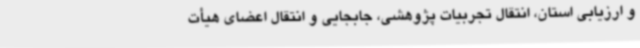
و ارزیابی استان، انتقال تجربیات پژوهشی، جابجایی و انتقال اعضای هیأت